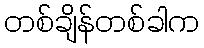
တစ်ချိန်တစ်ခါက